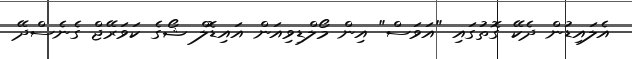
އެލައިޑުން ދެކޭ ގޮތުގައި "އަވަސް" އިން މޯލްޑިވިއަން އައިޑޮލް ޝޯގެ ކަވަރޭޖް ގެނެސްދޭ